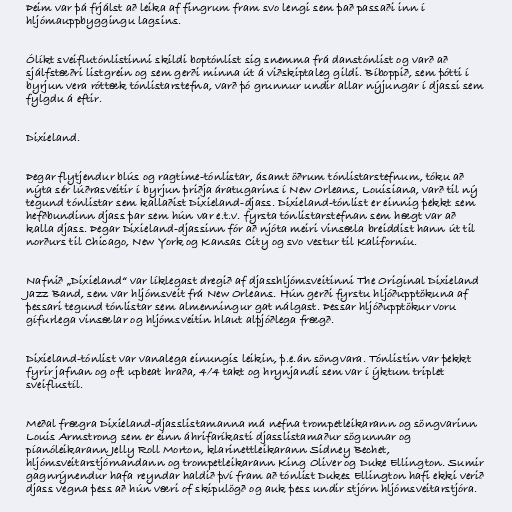
Þeim var þá frjálst að leika af fingrum fram svo lengi sem það passaði inn í
hljómauppbyggingu lagsins.

Ólíkt sveiflutónlistinni skildi boptónlist sig snemma frá danstónlist og varð að
sjálfstæðri listgrein og sem gerði minna út á viðskiptaleg gildi. Bíboppið, sem þótti í
byrjun vera róttæk tónlistarstefna, varð þó grunnur undir allar nýjungar í djassi sem
fylgdu á eftir.

Dixieland.

Þegar flytjendur blús og ragtime-tónlistar, ásamt öðrum tónlistarstefnum, tóku að
nýta sér lúðrasveitir í byrjun þriðja áratugarins í New Orleans, Louisiana, varð til ný
tegund tónlistar sem kallaðist Dixieland-djass. Dixieland-tónlist er einnig þekkt sem
hefðbundinn djass þar sem hún var e.t.v. fyrsta tónlistarstefnan sem hægt var að
kalla djass. Þegar Dixieland-djassinn fór að njóta meiri vinsæla breiddist hann út til
norðurs til Chicago, New York og Kansas City og svo vestur til Kaliforníu.

Nafnið „Dixieland“ var líklegast dregið af djasshljómsveitinni The Original Dixieland
Jazz Band, sem var hljómsveit frá New Orleans. Hún gerði fyrstu hljóðupptökuna af
þessari tegund tónlistar sem almenningur gat nálgast. Þessar hljóðupptökur voru
gífurlega vinsælar og hljómsveitin hlaut alþjóðlega frægð.

Dixieland-tónlist var vanalega einungis leikin, þ.e.án söngvara. Tónlistin var þekkt
fyrir jafnan og oft upbeat hraða, 4/4 takt og hrynjandi sem var í ýktum triplet
sveiflustíl.

Meðal frægra Dixieland-djasslistamanna má nefna trompetleikarann og söngvarinn
Louis Armstrong sem er einn áhrifaríkasti djasslistamaður sögunnar og
píanóleikarann Jelly Roll Morton, klarinettleikarann Sidney Bechet,
hljómsveitarstjórnandann og trompetleikarann King Oliver og Duke Ellington. Sumir
gagnrýnendur hafa reyndar haldið því fram að tónlist Dukes Ellington hafi ekki verið
djass vegna þess að hún væri of skipulögð og auk þess undir stjórn hljómsveitarstjóra.